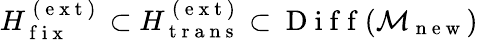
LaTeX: H_{\mathrm{~f~i~x~}}^{\mathrm{~(~e~x~t~)~}}\subset H_{\mathrm{~t~r~a~n~s~}}^{\mathrm{~(~e~x~t~)~}}\subset\mathrm{~D~i~f~f~}(\mathcal{M}_{\mathrm{~n~e~w~}})